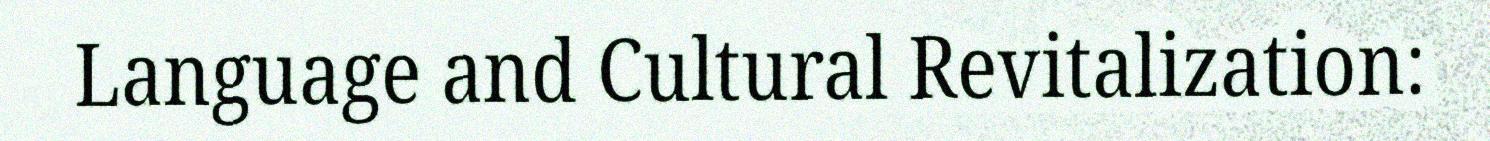
Language and Cultural Revitalization: